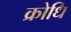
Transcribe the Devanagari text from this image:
क्रोधि